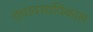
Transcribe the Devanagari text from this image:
व्यावसायिकास